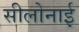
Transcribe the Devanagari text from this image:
सीलोनाई